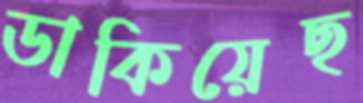
ডাকিয়েছ